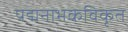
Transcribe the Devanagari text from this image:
पद्मनाभकविकृत